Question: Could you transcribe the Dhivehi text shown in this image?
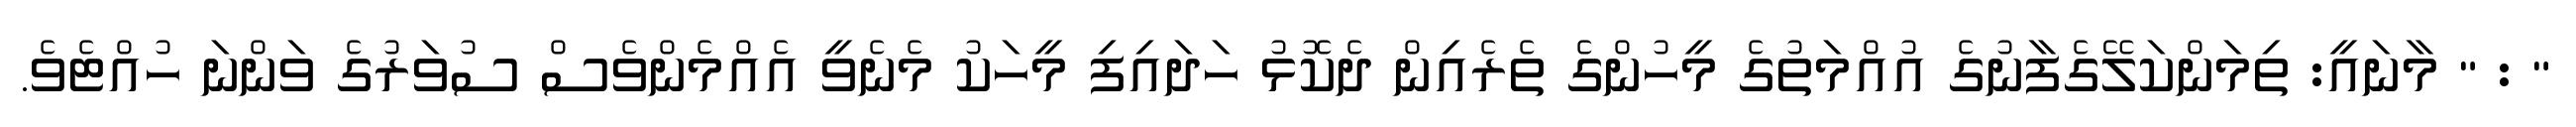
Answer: " : " މާނައީ: ތިމަންކަލޭގެފާނުގެ އުއްމަތުގެ މީހުންގެ ތެރެއިން ދެކޮޅު ހަދައިފި މީހަކު މެނެވީ އެއްމެންވެސް ސުވަރުގެ ވަންނަ ހުއްޓެވެ.